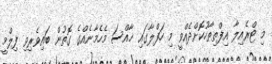
މި ޓްރެެއިލާ އިފްތިތާހުކޮށްދެއްވީ މި ހަފްލާގައި ޚާއްސަ މެހެމާނެއްގެ ގޮތުން ބައިވެރިވި ފިލްމީ